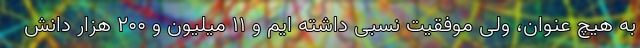
به هیچ عنوان، ولی موفقیت نسبی داشته ایم و ۱۱ میلیون و ۲۰۰ هزار دانش